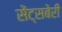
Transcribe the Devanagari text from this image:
सेंट्सबेरी